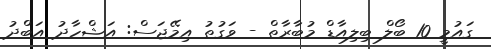
ގައުމީ 10 ބޯލް ބިލިއާޑް މުބާރާތް - ވަގުތު އިމޭޖަސް: އަޝްހާދު އަބްދު